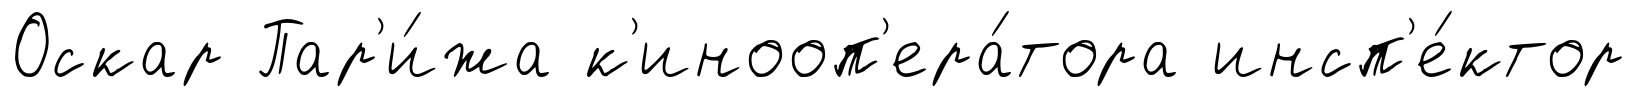
Оскар Пар'и́жа к'инооп'ера́тора инсп'е́ктор